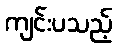
ကျင်းပသည့်